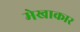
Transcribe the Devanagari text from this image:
मेखाकार